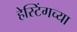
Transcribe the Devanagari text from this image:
हेस्टिंगच्या